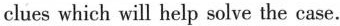
clues which will help solve the case.